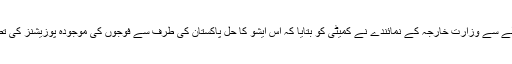
سیاچن گلیشیر کے حوالے سے وزارت خارجہ کے نمائندے نے کمیٹی کو بتایا کہ اس ایشو کا حل پاکستان کی طرف سے فوجوں کی موجودہ پوزیشنز کی تصدیق سے منسلک ہے۔